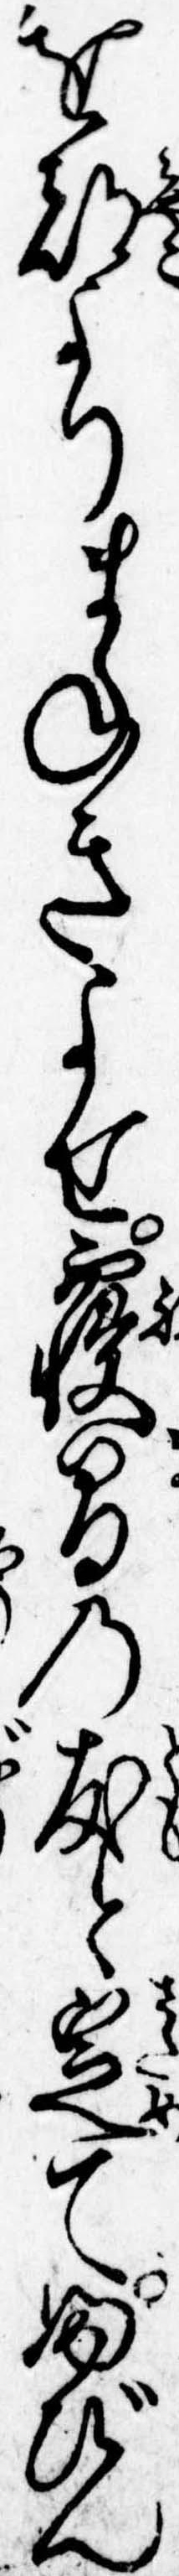
を都よりまねきよせ寝間の友と定てふびん